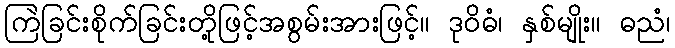
ကြဲခြင်းစိုက်ခြင်းတို့ဖြင့်အစွမ်းအားဖြင့်။ ဒုဝိဓံ၊ နှစ်မျိုး။ ဓညံ၊